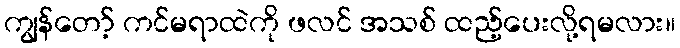
ကျွန်တော့် ကင်မရာထဲကို ဖလင် အသစ် ထည့်ပေးလို့ရမလား။